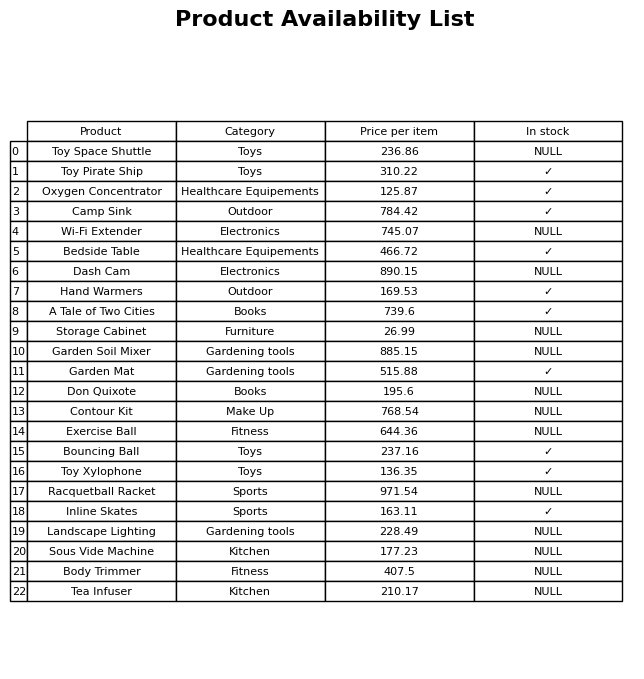
question: What is the price for Garden Soil Mixer?
answer: The price of Garden Soil Mixer is 885.15.